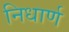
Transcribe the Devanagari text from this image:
निधार्ण